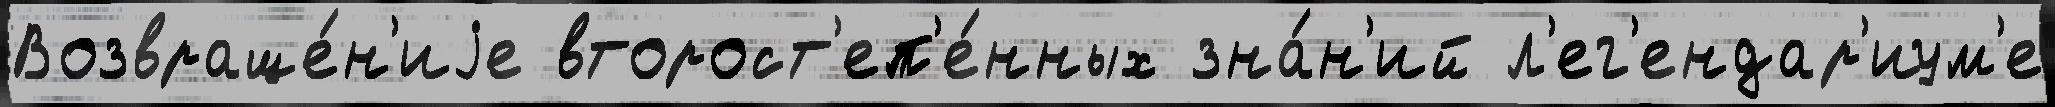
Возвраще́н'иjе второст'еп'е́нных зна́н'ий л'ег'ендар'иум'е